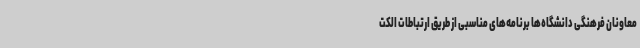
معاونان فرهنگی دانشگاه‌ها برنامه‌های مناسبی از طریق ارتباطات الکت